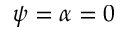
\psi = \alpha = 0